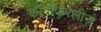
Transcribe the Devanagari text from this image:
कोनीफरलीज़